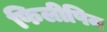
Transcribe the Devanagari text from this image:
फिलीपिन